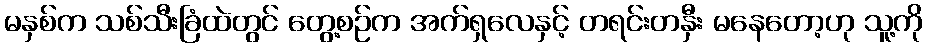
မနှစ်က သစ်သီးခြံထဲတွင် တွေ့စဉ်က အက်ရှလေနှင့် တရင်းတနှီး မနေတော့ဟု သူ့ကို